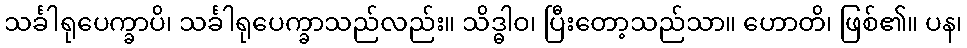
သင်္ခါရုပေက္ခာပိ၊ သင်္ခါရုပေက္ခာသည်လည်း။ သိဒ္ဓါဝ၊ ပြီးတော့သည်သာ။ ဟောတိ၊ ဖြစ်၏။ ပန၊